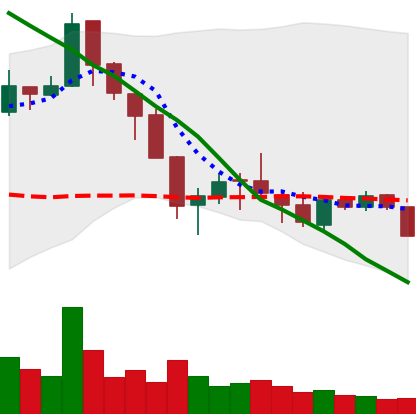
Ticker: ETC-USD
Chart end date: 2018-05-22
Forward return: -7.66%
Label: down_7plus